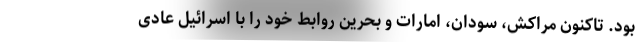
بود. تاکنون مراکش، سودان، امارات و بحرین روابط خود را با اسرائیل عادی